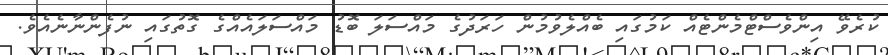
ކުރެވޭ އިންވެސްޓްމެންޓެއް ކަމުގައި ބެއްލެވުމުން ހަރަދުގެ މައްސަލަ ބޮޑު މައްސަލައެއްގެ ގޮތުގައި ނުފެންނާނެއެވެ.